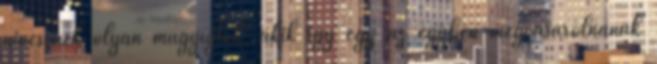
nincsenek olyan műgyűjtők, akik így egy az egyben megvásárolnának